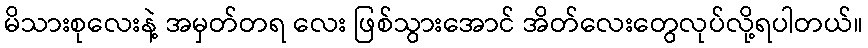
မိသားစုလေးနဲ့ အမှတ်တရ လေး ဖြစ်သွားအောင် အိတ်လေးတွေလုပ်လို့ရပါတယ်။